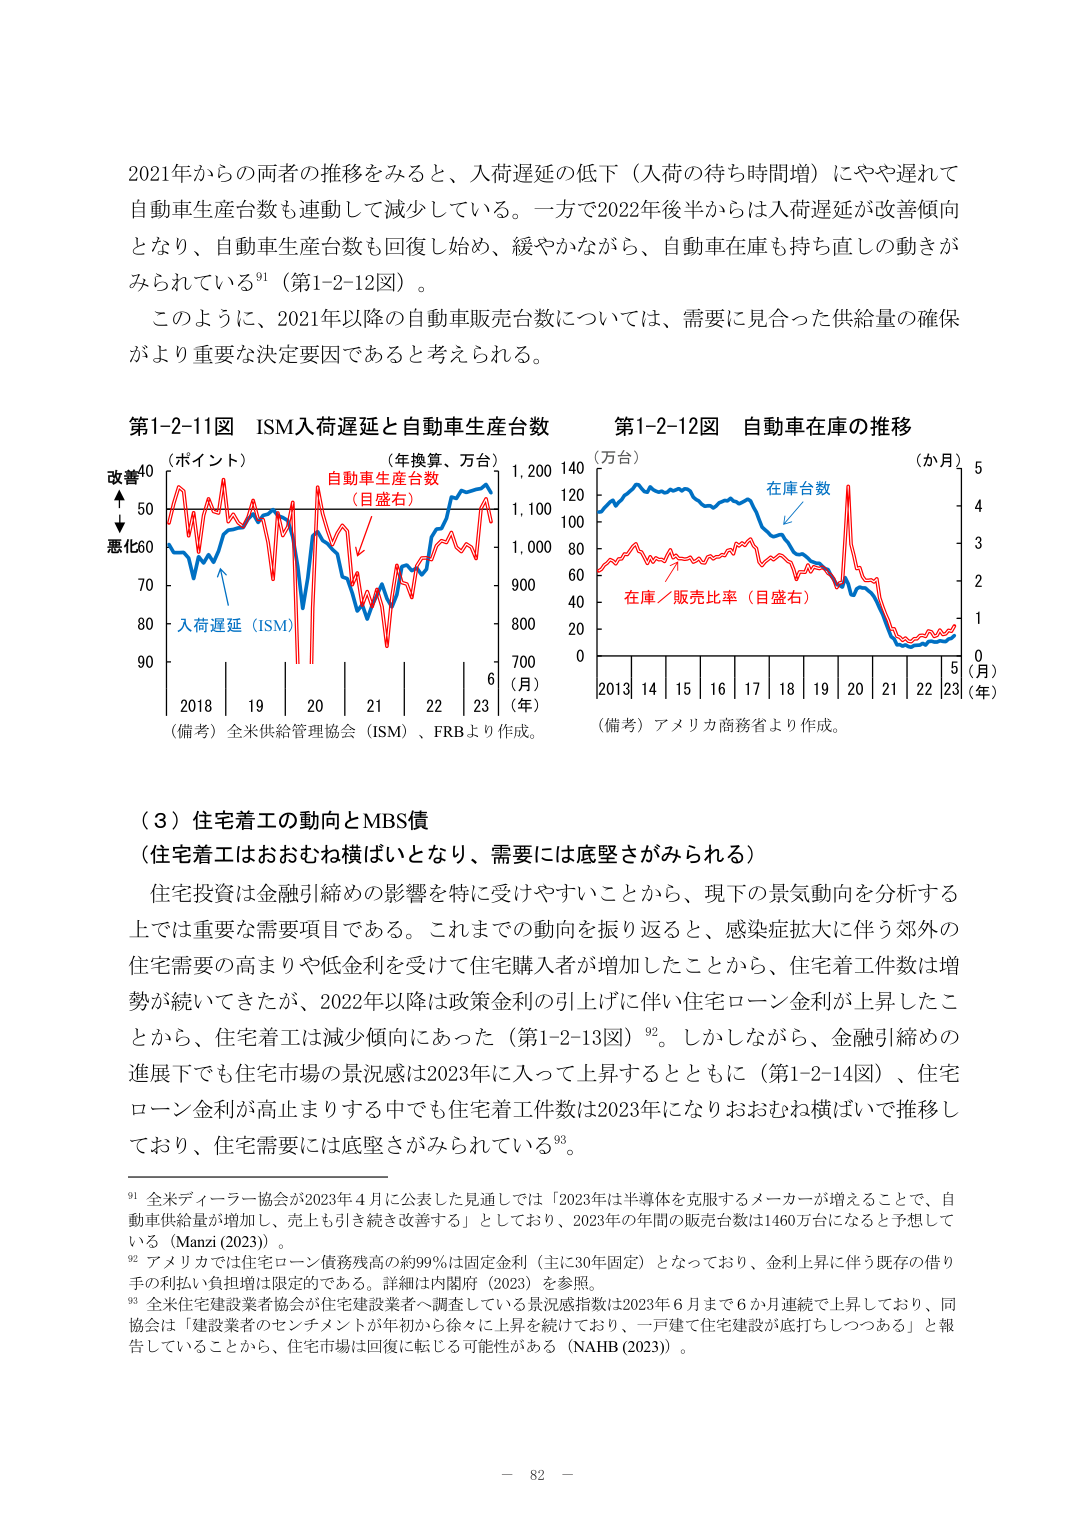
2021年からの両者の推移をみると、入荷遅延の低下（入荷の待ち時間増）にやや遅れて自動車生産台数も連動して減少している。一方で2022年後半からは入荷遅延が改善傾向となり、自動車生産台数も回復し始め、緩やかながら、自動車在庫も持ち直しの動きがみられている⁹¹（第1-2-12図）。

このように、2021年以降の自動車販売台数については、需要に見合った供給量の確保がより重要な決定要因であると考えられる。

第1-2-11図 ISM入荷遅延と自動車生産台数
（ポイント）
改善
↓
悪化
40
50
60
70
80
90
2018 19 20 21 22 23（年）
入荷遅延（ISM）
自動車生産台数（目盛右）
（年換算、万台）
1,200
1,100
1,000
900
800
700
6
（備考）全米供給管理協会（ISM）、FRBより作成。

第1-2-12図 自動車在庫の推移
（万台）
140
120
100
80
60
40
20
0
2013 14 15 16 17 18 19 20 21 22 23（年）
在庫台数
在庫／販売比率（目盛右）
（か月）
5
4
3
2
1
0
5（月）
（備考）アメリカ商務省より作成。

（３）住宅着工の動向とMBS債
（住宅着工はおおむね横ばいとなり、需要には底堅さがみられる）

住宅投資は金融引締めの影響を特に受けやすいことから、現下の景気動向を分析する上では重要な需要項目である。これまでの動向を振り返ると、感染症拡大に伴う郊外の住宅需要の高まりや低金利を受けて住宅購入者が増加したことから、住宅着工件数は増勢が続いてきたが、2022年以降は政策金利の引上げに伴い住宅ローン金利が上昇したことから、住宅着工は減少傾向にあった（第1-2-13図）⁹²。しかしながら、金融引締めの進展下でも住宅市場の景況感は2023年に入って上昇するとともに（第1-2-14図）、住宅ローン金利が高止まりする中でも住宅着工件数は2023年になりおおむね横ばいで推移しており、住宅需要には底堅さがみられている⁹³。

⁹¹ 全米ディーラー協会が2023年4月に公表した見通しでは「2023年は半導体を克服するメーカーが増えることで、自動車供給量が増加し、売上も引き続き改善する」としており、2023年の年間の販売台数は1460万台になると予想している（Manzi (2023)）。
⁹² アメリカでは住宅ローン債務残高の約99％は固定金利（主に30年固定）となっており、金利上昇に伴う既存の借り手の利払い負担増は限定的である。詳細は内閣府（2023）を参照。
⁹³ 全米住宅建設業者協会が住宅建設業者へ調査している景況感指数は2023年6月まで6か月連続で上昇しており、同協会は「建設業者のセンチメントが年初から徐々に上昇を続けており、一戸建て住宅建設が底打ちしつつある」と報告していることから、住宅市場は回復に転じる可能性がある（NAHB (2023)）。

－ 82 －